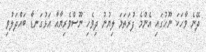
ދޭނެ ވާހަކަ ނޫހުގައި އެންމެ ފުރަތަމަ ލިޔުނު ދިވެހި ނޫސްވެރިޔާއާ އަޅުގަނޑާ ބައްދަލުވި